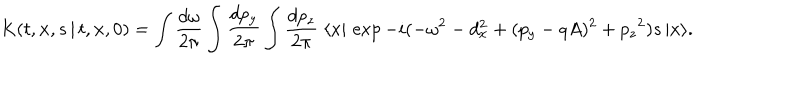
K ( t , { \bf x } , s \, \vert \, t , { \bf x } , 0 ) = \int { \frac { d \omega } { 2 \pi } } \int { \frac { d p _ { y } } { 2 \pi } } \int { \frac { d p _ { z } } { 2 \pi } } \; \langle x \vert \, \exp - i ( - \omega ^ { 2 } - d _ { x } ^ { 2 } + ( p _ { y } - q A ) ^ { 2 } + { p _ { z } } ^ { 2 } ) s \, \vert x \rangle .